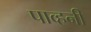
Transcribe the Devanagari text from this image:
पाव्हनी